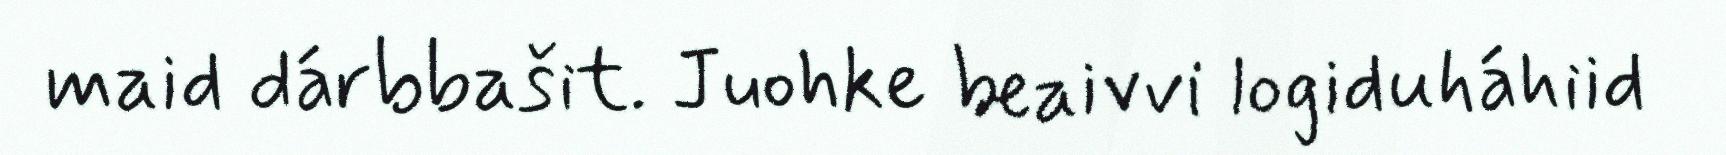
maid dárbbašit. Juohke beaivvi logiduháhiid